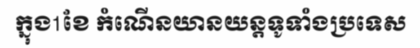
ក្នុង1ខែ កំណើនយានយន្តទូទាំងប្រទេស